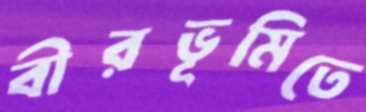
বীরভূমিতে